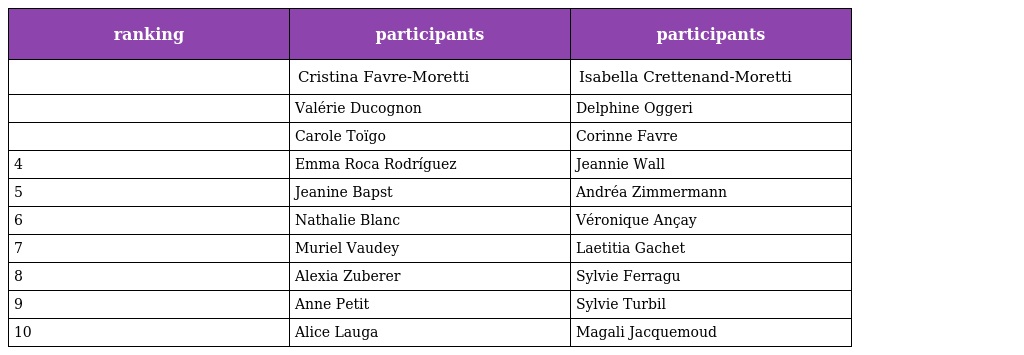
| ranking | participants | participants |
 | --- | --- | --- |
 |  | Cristina Favre-Moretti | Isabella Crettenand-Moretti |
 |  | Valérie Ducognon | Delphine Oggeri |
 |  | Carole Toïgo | Corinne Favre |
 | 4 | Emma Roca Rodríguez | Jeannie Wall |
 | 5 | Jeanine Bapst | Andréa Zimmermann |
 | 6 | Nathalie Blanc | Véronique Ançay |
 | 7 | Muriel Vaudey | Laetitia Gachet |
 | 8 | Alexia Zuberer | Sylvie Ferragu |
 | 9 | Anne Petit | Sylvie Turbil |
 | 10 | Alice Lauga | Magali Jacquemoud |